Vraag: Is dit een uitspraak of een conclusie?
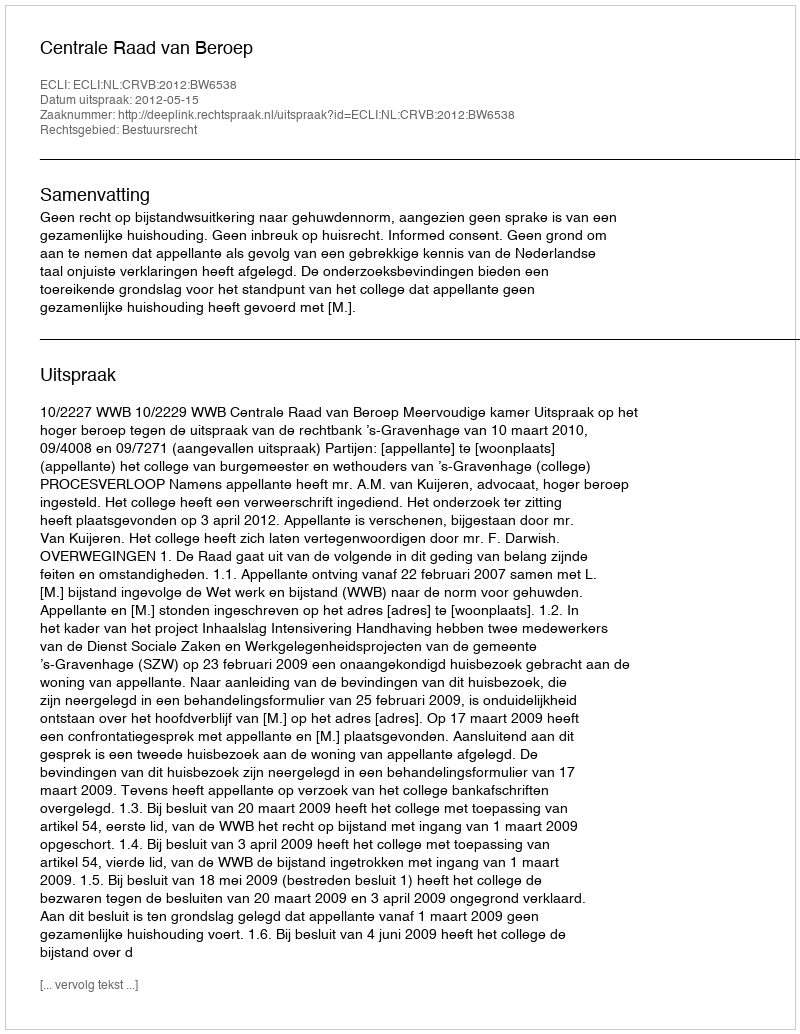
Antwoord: Uitspraak